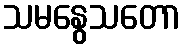
သမနွေသတော